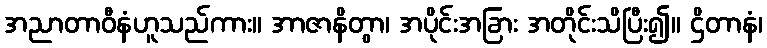
အညာတာဝီနံဟူသည်ကား။ အာဇာနိတွာ၊ အပိုင်းအခြား အတိုင်းသိပြီး၍။ ဌိတာနံ၊